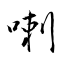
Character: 喇